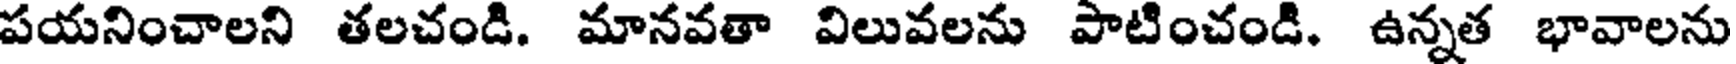
పయనించాలని తలచండి. మానవతా విలువలను పాటించండి. ఉన్నత భావాలను